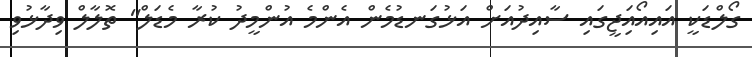
ގޯލްޑަކީ އައިއޯއަިޖީގައި ސާއިދުއަށް އަޅުގަނޑުމެން އެންމެ އުންމީދު ކުރާ މެޑަލް" ތޮލާލް ވިދާޅުވި